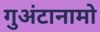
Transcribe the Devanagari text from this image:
गुअंटानामो